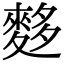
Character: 𪌫